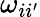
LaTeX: \omega_{ii^{\prime}}